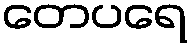
တေပရေ